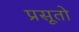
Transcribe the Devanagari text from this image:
प्रसूतो